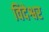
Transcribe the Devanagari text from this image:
विदेश्वर